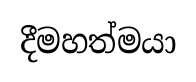
දීමහත්මයා